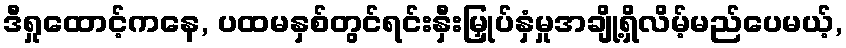
ဒီရှုထောင့်ကနေ, ပထမနှစ်တွင်ရင်းနှီးမြှုပ်နှံမှုအချို့ရှိလိမ့်မည်ပေမယ့်,